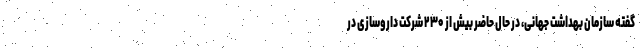
گفته سازمان بهداشت جهانی، در حال حاضر بیش از ۲۳۰ شرکت داروسازی در